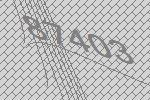
87403